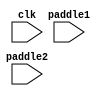
`timescale 1ns / 1ps
//////////////////////////////////////////////////////////////////////////////////
// Company: 
// Engineer: 
// 
// Design Name: 
// Module Name: top
// Project Name: 
// Target Devices: 
// Tool Versions: 
// Description: 
// 
// Dependencies: 
// 
// Revision:
// Revision 0.01 - File Created
// Additional Comments:
// 
//////////////////////////////////////////////////////////////////////////////////


module top(
input paddle1,
input paddle2,
input clk
);

reg [8:0]score;
wire clear;
reg [15:0] display;
wire paddle1hit;
wire paddle2hit;
wire detectendzone;
wire detectswitch;
wire detectrecieving;
wire detectdirection;
wire gameclock;



endmodule